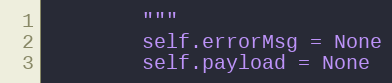
Language: Python
        """
        self.errorMsg = None
        self.payload = None